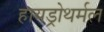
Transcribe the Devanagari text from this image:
हायड्रोथर्मल